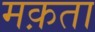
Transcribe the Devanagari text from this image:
मक़ता